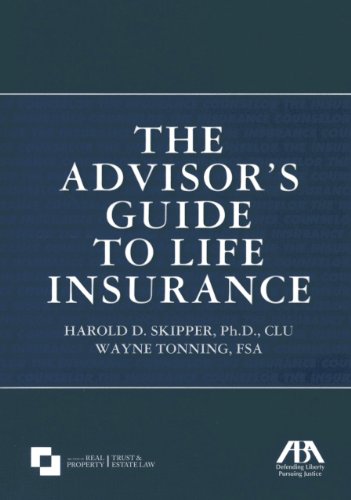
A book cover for The Advisor's Guide to Life Insurance; Ph.D., CLU, Harold D. Skipper; Business & Money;